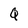
Character: Q